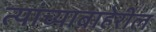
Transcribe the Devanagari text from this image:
त्यांच्याबाहेरील